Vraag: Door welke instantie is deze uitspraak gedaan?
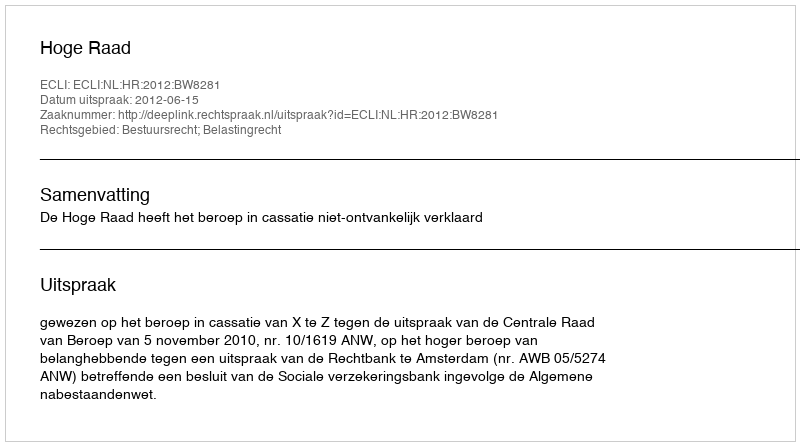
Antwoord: Hoge Raad